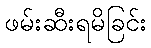
ဖမ်းဆီးရမိခြင်း